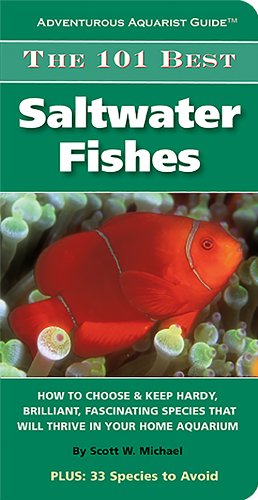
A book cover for The 101 Best Saltwater Fishes (Adventurous Aquarist Guide(TM)); Scott W. Michael; Crafts, Hobbies & Home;